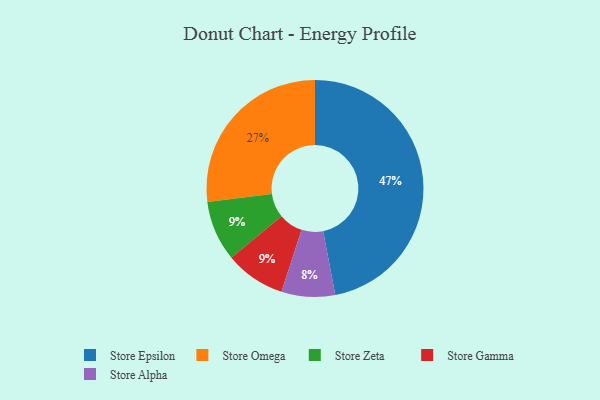
{"axis": {"x": "Category", "y": "Percentage"}, "legend": ["Store Alpha", "Store Epsilon", "Store Gamma", "Store Omega", "Store Zeta"], "data": [{"x": "Store Alpha", "y": 8, "type": "Store Alpha"}, {"x": "Store Zeta", "y": 9, "type": "Store Zeta"}, {"x": "Store Gamma", "y": 9, "type": "Store Gamma"}, {"x": "Store Epsilon", "y": 47, "type": "Store Epsilon"}, {"x": "Store Omega", "y": 27, "type": "Store Omega"}]}